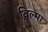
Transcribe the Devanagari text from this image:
व़िल्मा